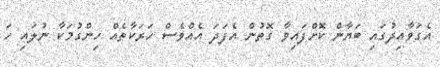
އެގަވާއިދުގައި ބަޔާން ކޮށްފައިވާ ގޮތުން އެފަދަ އެއްވެސް ހަރަކާތެއް ހިންގުމަކާ ނުލައި ހަ